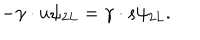
- \gamma \cdot u \psi _ { 2 L } = \gamma \cdot s \psi _ { 2 L } .